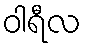
ဝါရီလ